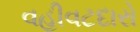
વહીવટદારો